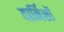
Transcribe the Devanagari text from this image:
वार्निशों